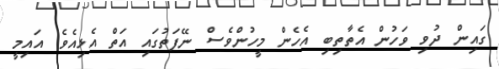
ގައިން ދުވި ވަހުން އެތާތިބި އެހެން މީހުންވެސް ނޭފަތުގައި އަތް އެޅިއެވެ. އައިމީ